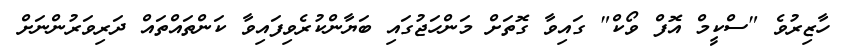
ހާޒިރުވެ "ސްކީމް އޮފް ވޯކް" ގައިވާ ގޮތަށް މަންހަޖުގައި ބަޔާންކުރެވިފައިވާ ކަންތައްތައް ދަރިވަރުންނަށް